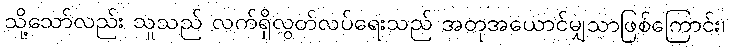
သို့သော်လည်း သူသည် လက်ရှိလွတ်လပ်ရေးသည် အတုအယောင်မျှသာဖြစ်ကြောင်း၊